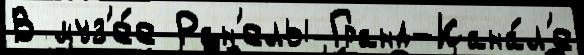
В муз'е́е Ран'елы Гранд-Кана́л'е